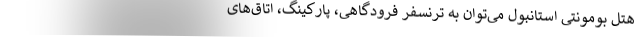
هتل بومونتی استانبول می‌توان به ترنسفر فرودگاهی، پارکینگ، اتاق‌های